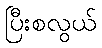
ပြီးစလွယ်